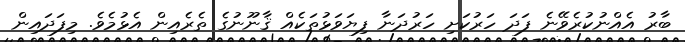
ބާރު އެއްނުކުރެވޭނެ ފަދަ ހަރުކަށި ހަރުދަނާ ފިޔަވަޅުތަކެއް ޤާނޫނުގެ ތެރެއިން އެޅުމެވެ. މިފަދައިން